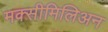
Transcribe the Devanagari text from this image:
मक्सीमिलिअन